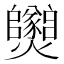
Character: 𱬱